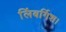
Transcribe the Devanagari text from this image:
लिंबर्गिश।